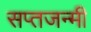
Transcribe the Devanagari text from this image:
सप्तजन्मी